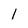
Character: 1